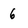
Character: 6